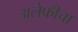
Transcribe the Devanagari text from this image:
अलेफीचा